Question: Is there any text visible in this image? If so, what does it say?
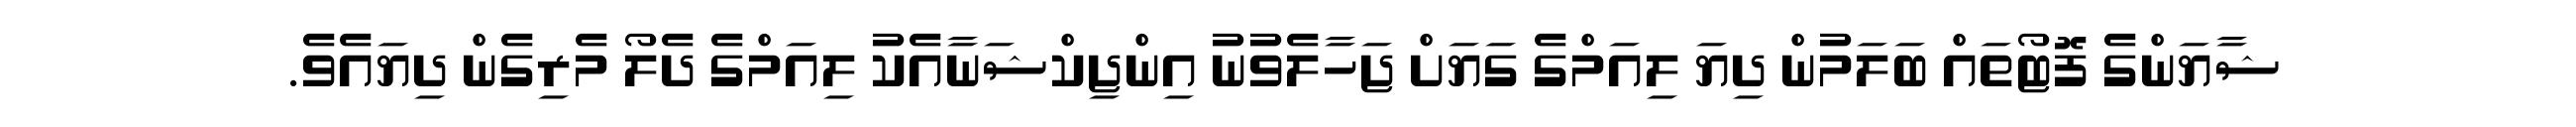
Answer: ޝާޔަންގެ ފޮޓޯތައް ބަލަމުން ދިޔަ ލިއަމްގެ ގަޔަށް ޖަހާލެވުނު އިންޖިކްޝަނާއެކު ލިއަމްގެ ދެލޯ މެރިގެން ދިޔައެވެ.